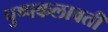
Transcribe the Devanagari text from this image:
पुष्पकलावती